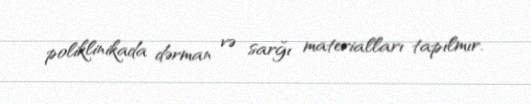
poliklinikada dərman və sarğı materialları tapılmır.